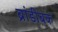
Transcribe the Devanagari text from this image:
ब्रांडीबक